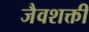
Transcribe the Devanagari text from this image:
जैवशक्ती